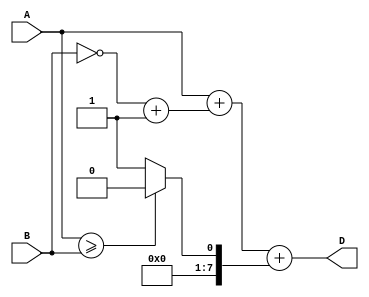
module comb_subtractor (
    input [7:0] A,
    input [7:0] B,
    output reg [7:0] D
);

reg [7:0] B_inv;
reg [7:0] B_inv_plus_one;
reg [7:0] Sum;
reg [7:0] Carry;

assign B_inv = ~B;
assign B_inv_plus_one = B_inv + 1;

assign Sum = A + B_inv_plus_one;
assign D = Sum + Carry;

always @(*) begin
    if (A >= B) begin
        Carry = 0;
    end else begin
        Carry = 1;
    end
end

endmodule